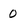
Character: 0